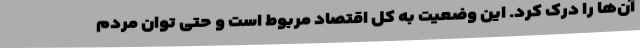
آن‌ها را درک کرد. این وضعیت به کل اقتصاد مربوط است و حتی توان مردم